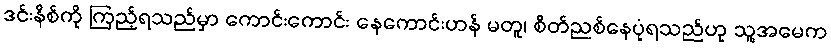
ဒင်းနိစ်ကို ကြည့်ရသည်မှာ ကောင်းကောင်း နေကောင်းဟန် မတူ၊ စိတ်ညစ်နေပုံရသည်ဟု သူ့အမေက